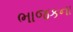
ભાજકના